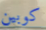
كوبين